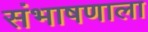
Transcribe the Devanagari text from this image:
संभाषणाला